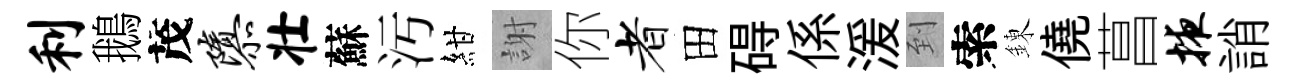
利鵝茂隳壮蘇汚紺謝你者田碍係湲到索錬僥菖掖誚